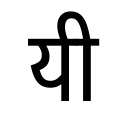
OCR:
यी